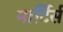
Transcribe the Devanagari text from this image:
मार्टिर्स